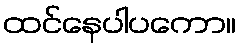
ထင်နေပါပကော။